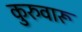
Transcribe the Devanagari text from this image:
कुरुवारू